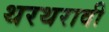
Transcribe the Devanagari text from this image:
थरथरावी